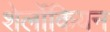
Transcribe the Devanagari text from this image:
शेर्लोकियन